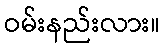
ဝမ်းနည်းလား။